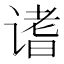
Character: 𬤓